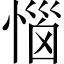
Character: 惱